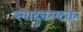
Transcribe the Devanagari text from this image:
स्वादुकण्टकः